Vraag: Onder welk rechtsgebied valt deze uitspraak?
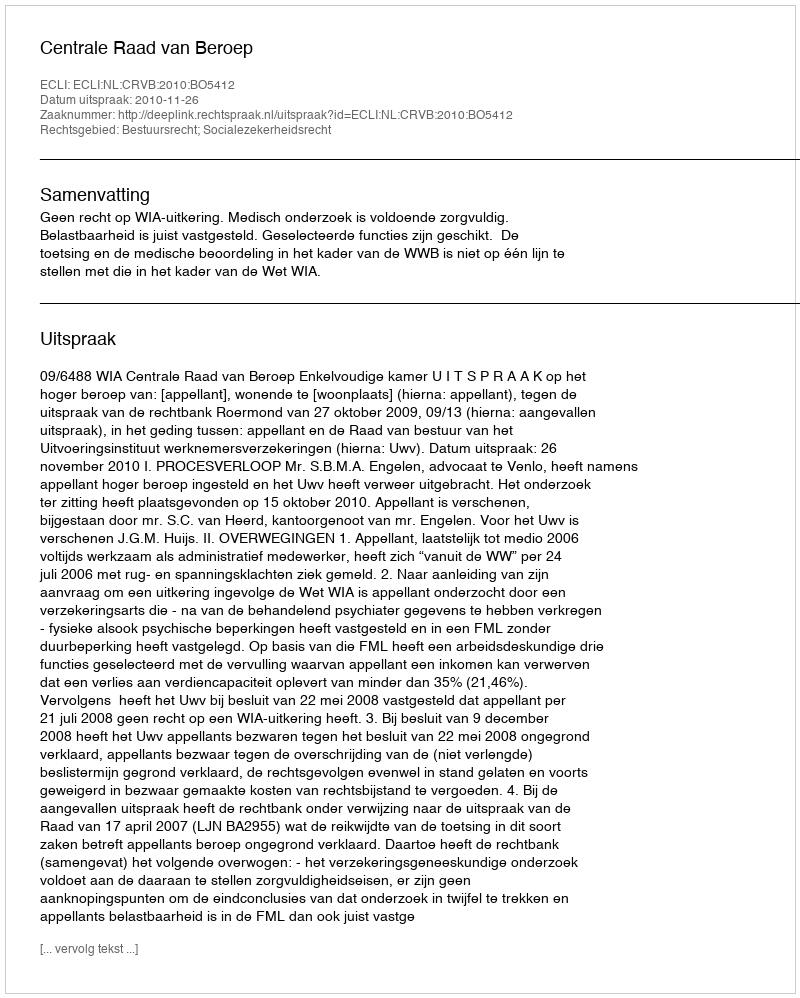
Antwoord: Bestuursrecht; Socialezekerheidsrecht